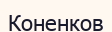
Коненков